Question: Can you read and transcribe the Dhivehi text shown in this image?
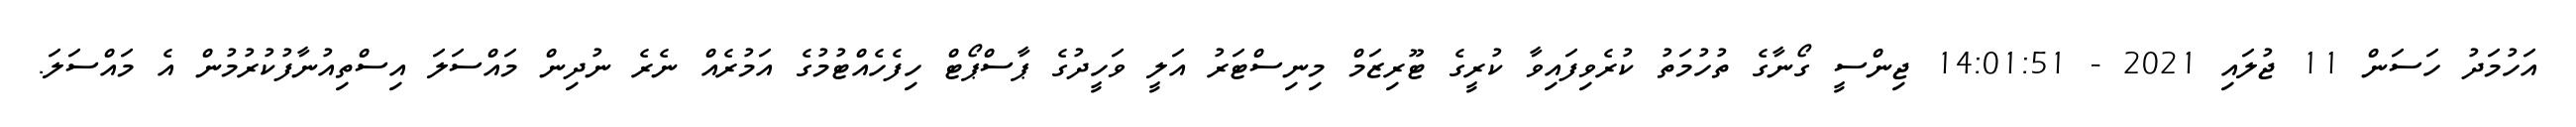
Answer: އަހުމަދު ހަސަން 11 ޖުލައި 2021 - 14:01:51 ޖިންސީ ގޯނާގެ ތުހުމަތު ކުރެވިފައިވާ ކުރީގެ ޓޫރިޒަމް މިނިސްޓަރު އަލީ ވަހީދުގެ ޕާސްޕޯޓް ހިފެހެއްޓުމުގެ އަމުރެއް ނެރެ ނުދިން މައްސަލަ އިސްތިއުނާފުކުރުމުން އެ މައްސަލަ.